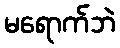
မရောက်ဘဲ